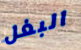
البغل